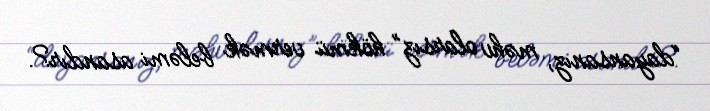
“dayansanız, məhv olarsız” hökmü vermək beləmi asandır?.